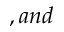
, a n d